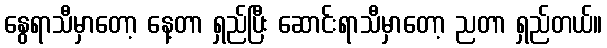
နွေရာသီမှာတော့ နေ့တာ ရှည်ပြီး ဆောင်းရာသီမှာတော့ ညတာ ရှည်တယ်။